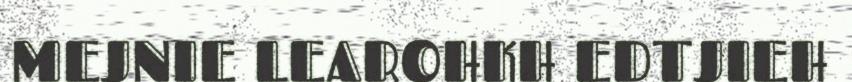
MEJNIE LEAROHKH EDTJIEH